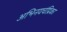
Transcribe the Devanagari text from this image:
अभिनयचंद्रिका